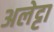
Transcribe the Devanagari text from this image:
अलेट्टा